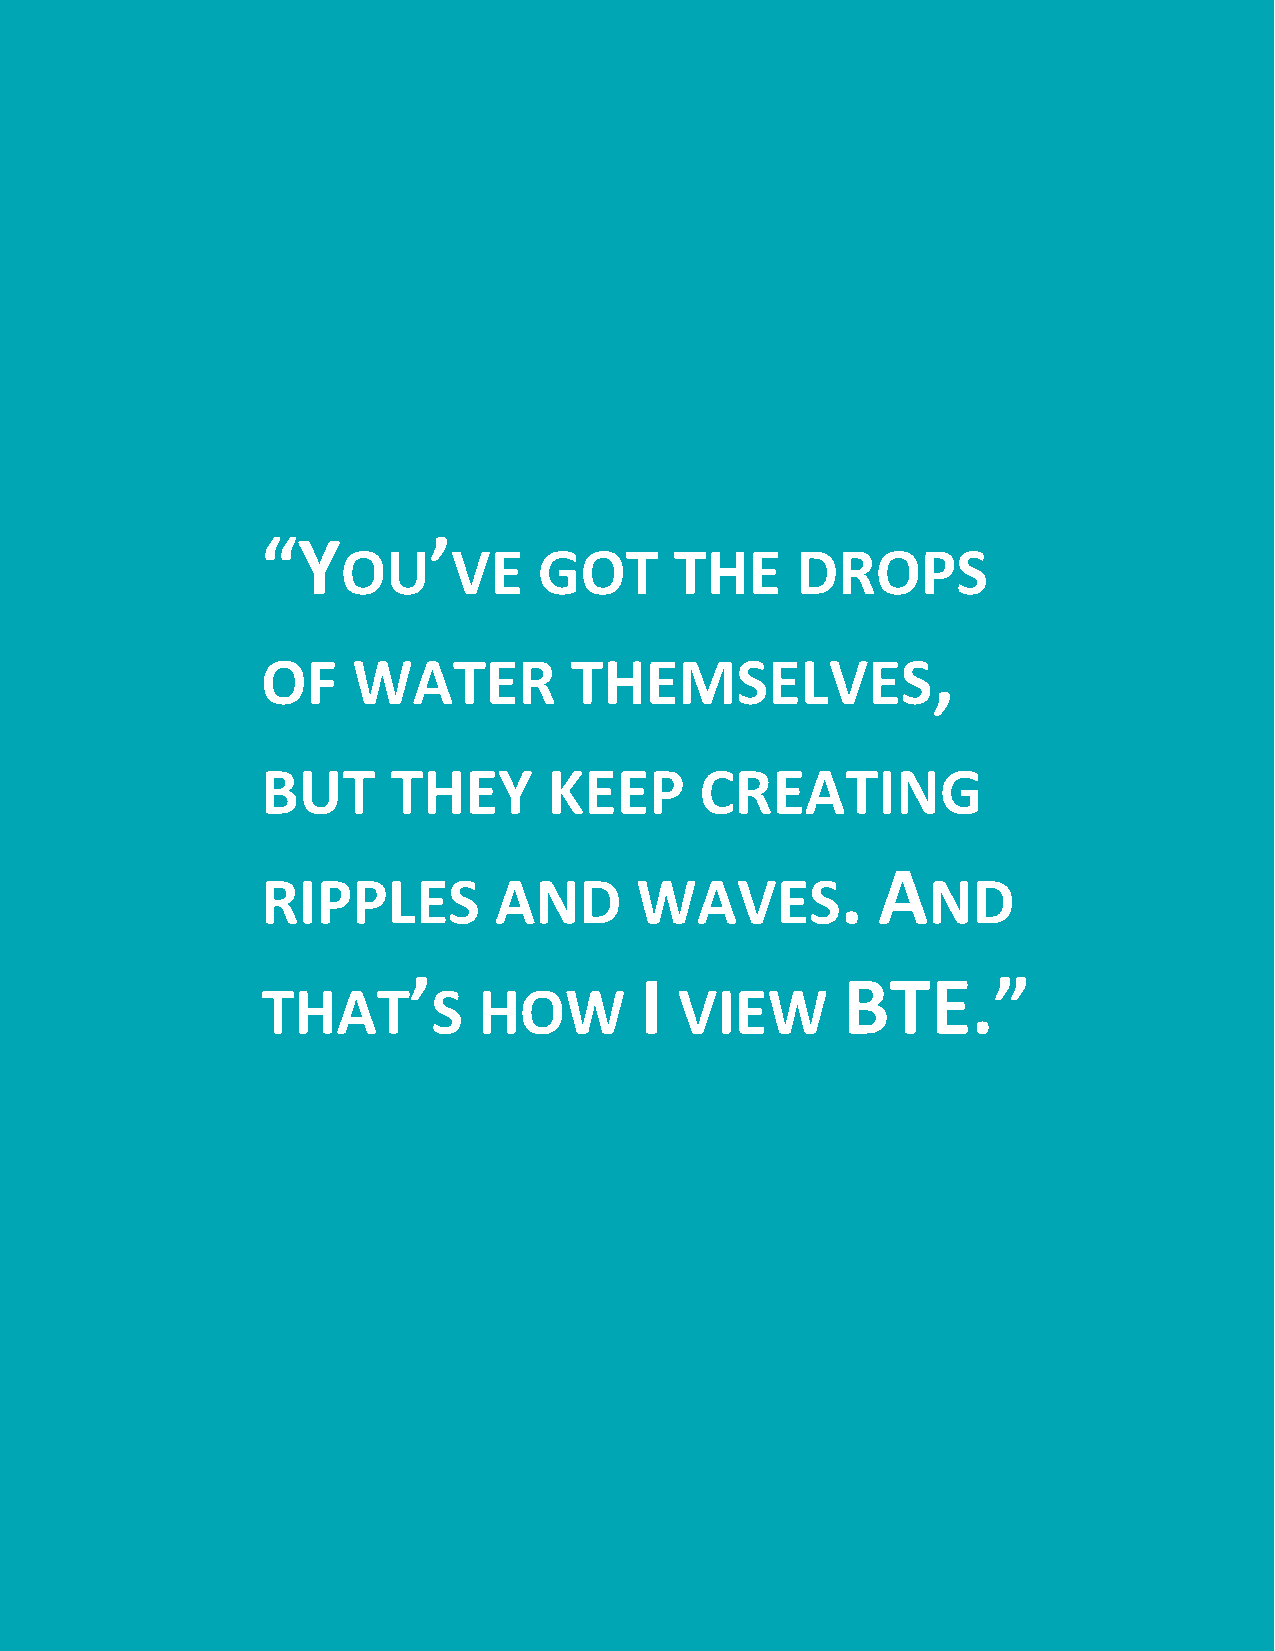
“Y         ’
 OU     VE    GOT      THE     DROPS
 ,
 OF    WATER          THEMSELVES
 BUT      THEY      KEEP      CREATING
 . A
 RIPPLES         AND      WAVES              ND
 ’              I             BTE.”
 THAT        S  HOW          VIEW
 17 | An O ral History o f Bridge t o Em ploy me nt